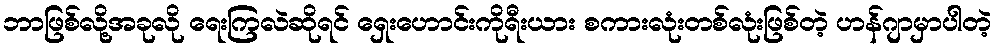
ဘာဖြစ်လို့အခုလို ရေးကြလဲဆိုရင် ရှေးဟောင်းကိုရီးယား စကားလုံးတစ်လုံးဖြစ်တဲ့ ဟန်ဂျာမှာပါတဲ့